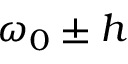
\omega _ { 0 } \pm h